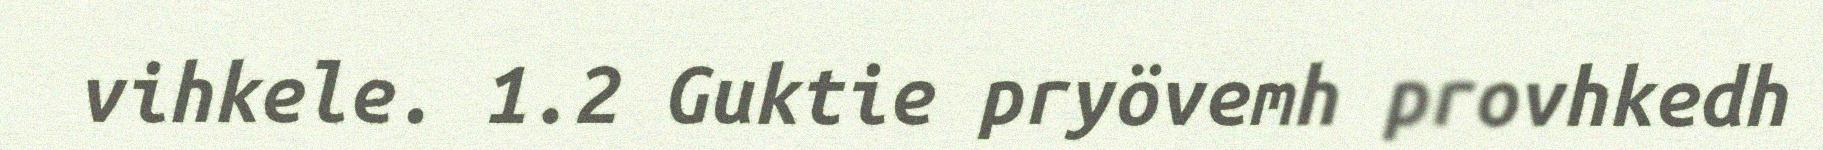
vihkele. 1.2 Guktie pryövemh provhkedh